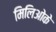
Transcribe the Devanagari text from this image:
मिलिओके